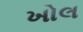
ખોલ